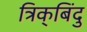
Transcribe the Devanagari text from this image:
त्रिक्‌बिंदु